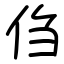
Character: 㑇